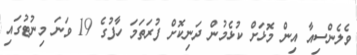
ވެލެންސިއާ އިން މޮޅަށް ކުޅެމުން ދަނިކޮށް ފުރަތަމަ ހާފުގެ 19 ވަނަ މިނުޓުގައި